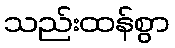
သည်းထန်စွာ